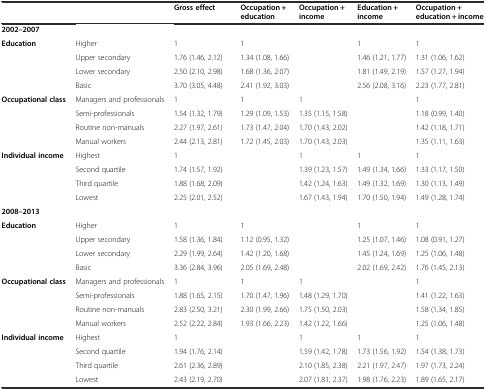
<table><thead><tr><td></td><td></td><td><b>Gross effect</b></td><td><b>Occupation + education</b></td><td><b>Occupation + income</b></td><td><b>Education + income</b></td><td><b>Occupation + education + income</b></td></tr></thead><tbody><tr><td><b>2002–2007</b></td><td></td><td></td><td></td><td></td><td></td><td></td></tr><tr><td><b>Education</b></td><td>Higher</td><td>1</td><td>1</td><td></td><td>1</td><td>1</td></tr><tr><td></td><td>Upper secondary</td><td>1.76 (1.46, 2.12)</td><td>1.34 (1.08, 1.66)</td><td></td><td>1.46 (1.21, 1.77)</td><td>1.31 (1.06, 1.62)</td></tr><tr><td></td><td>Lower secondary</td><td>2.50 (2.10, 2.98)</td><td>1.68 (1.36, 2.07)</td><td></td><td>1.81 (1.49, 2.19)</td><td>1.57 (1.27, 1.94)</td></tr><tr><td></td><td>Basic</td><td>3.70 (3.05, 4.48)</td><td>2.41 (1.92, 3.03)</td><td></td><td>2.56 (2.08, 3.16)</td><td>2.23 (1.77, 2.81)</td></tr><tr><td><b>Occupational class</b></td><td>Managers and professionals</td><td>1</td><td>1</td><td>1</td><td></td><td>1</td></tr><tr><td></td><td>Semi-professionals</td><td>1.54 (1.32, 1.79)</td><td>1.29 (1.09, 1.53)</td><td>1.35 (1.15, 1.58)</td><td></td><td>1.18 (0.99, 1.40)</td></tr><tr><td></td><td>Routine non-manuals</td><td>2.27 (1.97, 2.61)</td><td>1.73 (1.47, 2.04)</td><td>1.70 (1.43, 2.02)</td><td></td><td>1.42 (1.18, 1.71)</td></tr><tr><td></td><td>Manual workers</td><td>2.44 (2.13, 2.81)</td><td>1.72 (1.45, 2.03)</td><td>1.70 (1.43, 2.03)</td><td></td><td>1.35 (1.11, 1.63)</td></tr><tr><td><b>Individual income</b></td><td>Highest</td><td>1</td><td></td><td>1</td><td>1</td><td>1</td></tr><tr><td></td><td>Second quartile</td><td>1.74 (1.57, 1.92)</td><td></td><td>1.39 (1.23, 1.57)</td><td>1.49 (1.34, 1.66)</td><td>1.33 (1.17, 1.50)</td></tr><tr><td></td><td>Third quartile</td><td>1.88 (1.68, 2.09)</td><td></td><td>1.42 (1.24, 1.63)</td><td>1.49 (1.32, 1.69)</td><td>1.30 (1.13, 1.49)</td></tr><tr><td></td><td>Lowest</td><td>2.25 (2.01, 2.52)</td><td></td><td>1.67 (1.43, 1.94)</td><td>1.70 (1.50, 1.94)</td><td>1.49 (1.28, 1.74)</td></tr><tr><td><b>2008–2013</b></td><td></td><td></td><td></td><td></td><td></td><td></td></tr><tr><td><b>Education</b></td><td>Higher</td><td>1</td><td>1</td><td></td><td>1</td><td>1</td></tr><tr><td></td><td>Upper secondary</td><td>1.58 (1.36, 1.84)</td><td>1.12 (0.95, 1.32)</td><td></td><td>1.25 (1.07, 1.46)</td><td>1.08 (0.91, 1.27)</td></tr><tr><td></td><td>Lower secondary</td><td>2.29 (1.99, 2.64)</td><td>1.42 (1.20, 1.68)</td><td></td><td>1.45 (1.24, 1.69)</td><td>1.25 (1.06, 1.48)</td></tr><tr><td></td><td>Basic</td><td>3.36 (2.84, 3.96)</td><td>2.05 (1.69, 2.48)</td><td></td><td>2.02 (1.69, 2.42)</td><td>1.76 (1.45, 2.13)</td></tr><tr><td><b>Occupational class</b></td><td>Managers and professionals</td><td>1</td><td>1</td><td>1</td><td></td><td>1</td></tr><tr><td></td><td>Semi-professionals</td><td>1.88 (1.65, 2.15)</td><td>1.70 (1.47, 1.96)</td><td>1.48 (1.29, 1.70)</td><td></td><td>1.41 (1.22, 1.63)</td></tr><tr><td></td><td>Routine non-manuals</td><td>2.83 (2.50, 3.21)</td><td>2.30 (1.99, 2.66)</td><td>1.75 (1.50, 2.03)</td><td></td><td>1.58 (1.34, 1.85)</td></tr><tr><td></td><td>Manual workers</td><td>2.52 (2.22, 2.84)</td><td>1.93 (1.66, 2.23)</td><td>1.42 (1.22, 1.66)</td><td></td><td>1.25 (1.06, 1.48)</td></tr><tr><td><b>Individual income</b></td><td>Highest</td><td>1</td><td></td><td>1</td><td>1</td><td>1</td></tr><tr><td></td><td>Second quartile</td><td>1.94 (1.76, 2.14)</td><td></td><td>1.59 (1.42, 1.78)</td><td>1.73 (1.56, 1.92)</td><td>1.54 (1.38, 1.73)</td></tr><tr><td></td><td>Third quartile</td><td>2.61 (2.36, 2.89)</td><td></td><td>2.10 (1.85, 2.38)</td><td>2.21 (1.97, 2.47)</td><td>1.97 (1.73, 2.24)</td></tr><tr><td></td><td>Lowest</td><td>2.43 (2.19, 2.70)</td><td></td><td>2.07 (1.81, 2.37)</td><td>1.98 (1.76, 2.23)</td><td>1.89 (1.65, 2.17)</td></tr></tbody></table>